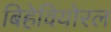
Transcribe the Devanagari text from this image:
बिहेवियोरल